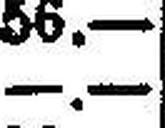
—.—